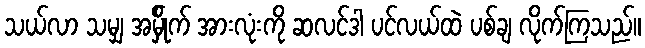
သယ်လာ သမျှ အမ်ှိုက် အားလုံးကို ဆလင်ဒါ ပင်လယ်ထဲ ပစ်ချ လိုက်ကြသည်။